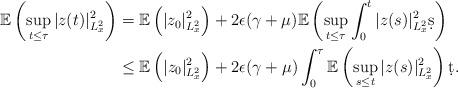
LaTeX: \begin{align*} \mathbb{E}\left(\sup_{t\leq \tau}|z(t)|^2_{L_x^2}\right)&= \mathbb{E}\left(|z_0|^2_{L_x^2}\right)+2\epsilon(\gamma+\mu) \mathbb{E}\left(\sup_{t\leq \tau}\int_0^t | z(s)|^2_{L_x^{2}}\d s\right)\\&\leq \mathbb{E}\left(|z_0|^2_{L_x^2}\right)+2\epsilon(\gamma+\mu) \int_0^\tau \mathbb{E}\left(\sup_{s\leq t}| z(s)|^2_{L_x^{2}}\right)\d t.\end{align*}